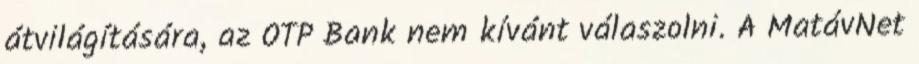
átvilágítására, az OTP Bank nem kívánt válaszolni. A MatávNet